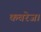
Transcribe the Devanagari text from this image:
कवरेज।